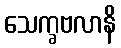
သေက္ခဗလာနိ